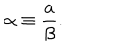
LaTeX: \alpha \equiv \frac { a } { \beta } .